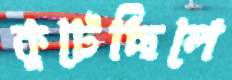
কুটেছিলে